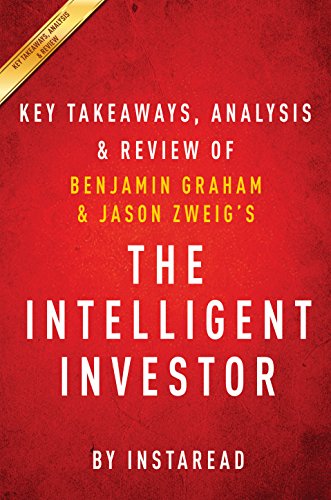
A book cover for The Intelligent Investor: The Definitive Book on Value Investing by Benjamin Graham and Jason Zweig | Key Takeaways, Analysis & Review; Instaread; Business & Money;